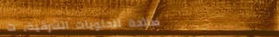
صالحة للحلويات الشرقية، ت